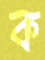
ক